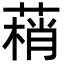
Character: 䔠